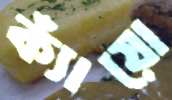
ক্যাঁয়ো